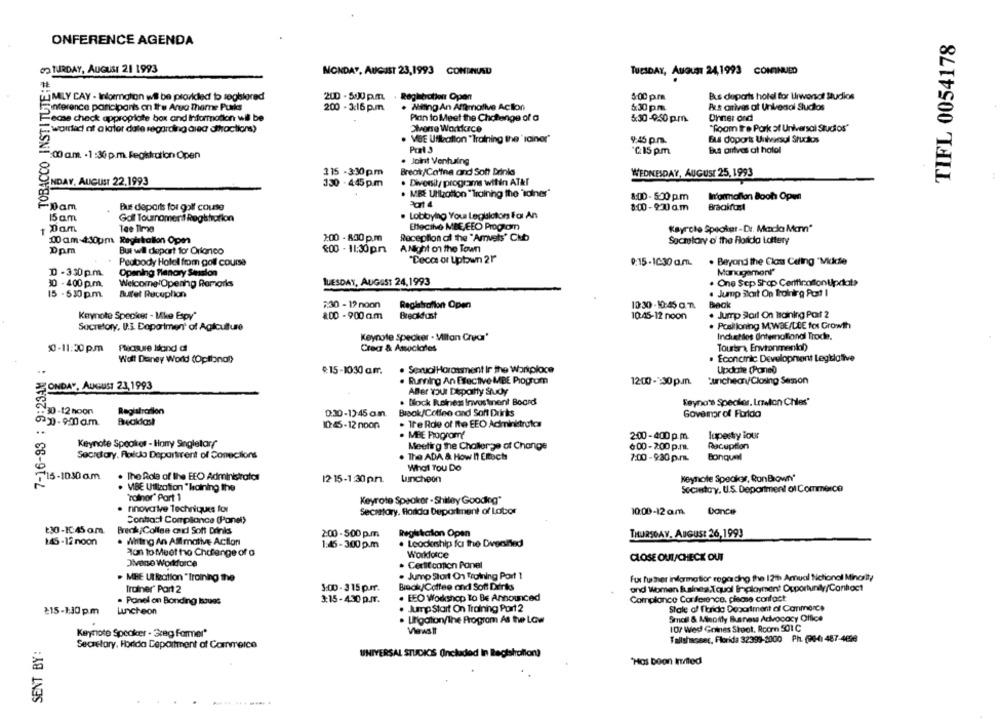
TIFL 0054178
ONFERENCE AGENDA
TOBACCO INSTITUTE:# 3
on TURDAY, AUGUST 21 1993
MONDAY, AUGUST 23,1993 CONINUSD
TUESDAY, AUGUST 24,1993 CONTINUED
MILY CAY - Information wil be provided to soghired
200 - 500 p.m . Registration Open
5:00 p.m.
Bus deports hold for Urwonsol studios
Sinterence paniciparis on the Arua Theme Purks
200 - 3:16 p.m.
. Wiling An Affirmative Action
6:30 pm
Aus arrives at Universal Studios
ease check appropriate box and Information wil be
Plan to Meet the Chchange of a
5:30-0:50 p.m.
Ohner ord
wordlad at alater date regarding area dihactions)
Strome Wortkace
"Room tre Park at Universal Studios"
. VBE UNballon "Training the ' lainer"
9:45 p.m.
Eus doports Universal Studios
"C:15 pm.
But antvas at hotel
00 am. . 1:30 p.m. Registration Open
· Joint Ventuing
115 -3:30pm
Break/Ca'ine and Soft Drinks
ENDAY, AUGUST 22.1993
WEDNESDAY, AUGUST 25, 1993
130 - 445 p.m
. Diversity programs witin AT&T
. MRE UNIzation "Training the 'sdiner"
8:00 - 500 p.m
Information Boch Open
-Dam
But departs for golf course
8:00-97a.m
Braakfust
15am
. Lobbying You Legbalaton For An
Gol Tournomend Registration
1 Dam
Elleciho MBE EEO Progiom
Keyrole Speckur-Di. Mada Man"
1:00 - 830 p.m
Reception of the "Amvets' Cibo
00 am-430pm Raghtation 0pm
Soctolary o' the Florida Lottery
Dpm
But wil depart for Orianico
$:00 - 11:30pm
A Night on the Town
"Cecas or Uptown 21"
Peutbody Hotel from goll course
9:15-10:30 am.
. Beyond the Clos Cering "Mckcte
D -330p.m.
Opening Plancry Session
Management"
TUESDAY, AUGUST 24,1993
. One Sep Shap CertificationUpdat>
30 - 400 p.m.
Welcome Opening Remarks
15 -530 p.m.
Buffet Rucuplion
. Jump Start On troinkro Pot I
:30 - 12 noon
Registration Open
Back
Keynote Specker - Mike Espy"
1.00 - 900 am
Breakfast
10:45-12 noon
. Jump Sarl On Haining Part 2
Positioning MWBE/LLE for Growth
Secretary, 0.3. Department of Agriculture
Keynote Specker . Milton Crear'
Induettes Ontemotional Trode.
10-11:30 pm
Pleasure Idand di
Crea & Associates
Tourtra Environmental)
Woll Deney World (Optional)
· Economic Development Legislative
7-16-93 : 9:23AM :
$15-1030 am.
. SexualHarassment Ir the Workplace
Update (Porel)
. Running An Erective MBE Progrom
1200- : 30 p.m.
Luncheon/Closing Semon
MONDAY, AUGUST 23,1993
Aller Your Dispoitty Study
. Block Reines Invostinent Board
Seyna's Species, Leston Chles'
:30-12 noon
Registrarilon
0:30-13:45 am.
Brook/Coffee and Soft Drinks
Governor of Farida
10:45-12 noon
. Tre Role of the EEO Administrutas
. MBE Program?
2:00-400 p.m.
Tapestry lour
Keynote Speaker - Hany Singletar!"
Meeting the Challenge of Change
6:00-2:00 p.m.
Reception
Secretary, Foida Departirent of Conections
. The ADA & How It Eitochs
7:00 - 9:30 p.m.
Bonquel
What You Do
15-1030a.m.
. The Role of the FEO Administrator
12 15-1:30 pm.
Luncheon
Keynote Speaker, RonBlown'
VIBE Utilization " haining the
Socaestoy, U.S. Department of Commerce
Talnor' Part 1
Keyrote Speaker - Shiley Goodkrg"
. nnovarive Techniques for
Secastory, florida Department of Lator
10:00-12am
Dance
Contact Compliance (Panel)
130-10:45 am
Breck Collse ond Soft Drinis
2:00 -500 p.m
Reglikarton Open
THURSDAY, AUGUST 26,1993
145-12 noon
. Writing An Allmative Action
1:45- 300 p.m
. Leadership fa the Dveailed
Plan to Meet to Cherange of a
Workloce
CLOSE OUT/CHECK OUT
. Certitconon Panel
. Jump Start On Training Part 1
Fui further information regarding the 12th Annual Notional Minority
. MIRE Ut leation "Training the
Trainer' Part 2
3:00 - 3 15 p.r.
Brook/Coffee and Soft Derks
ond Women &.sinea.Tqual Employment Opportunity/Conboct
3:15-430 p.r.
. EEO Workshop To Be Announced
Compliance Conference, please confast
. Panel on Bonding Issues
215-1:30 pm
Luncheon
. JumpStart On Training Part 2
Stale of florida Department of Carmerce
. Ungation/line Progrom As the Law
Small & Minority Busness Advocacy Office
107 Wed Goines Stoot, Roomn 501 C
Keynote Speaker - Greg former'
Fallshacser, Florida 32399-2000 Ph. (90-41 487-4698
SENT BY:
Secretary, Hortda Department of Commerce
UNIVERSAL STUDIOS Included in Registration)
Has boon Inred